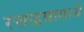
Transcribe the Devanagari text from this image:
रक्तद्रवामध्ये